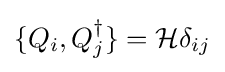
\{Q_{i},Q_{j}^{\dagger }\}={\mathcal {H}}\delta _{ij}